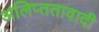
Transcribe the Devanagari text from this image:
अलिप्‍ततावादी